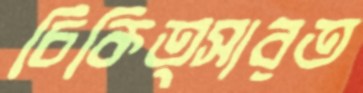
চিকিত্সারত